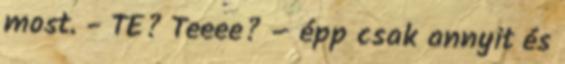
most. - TE? Teeee? – épp csak annyit és